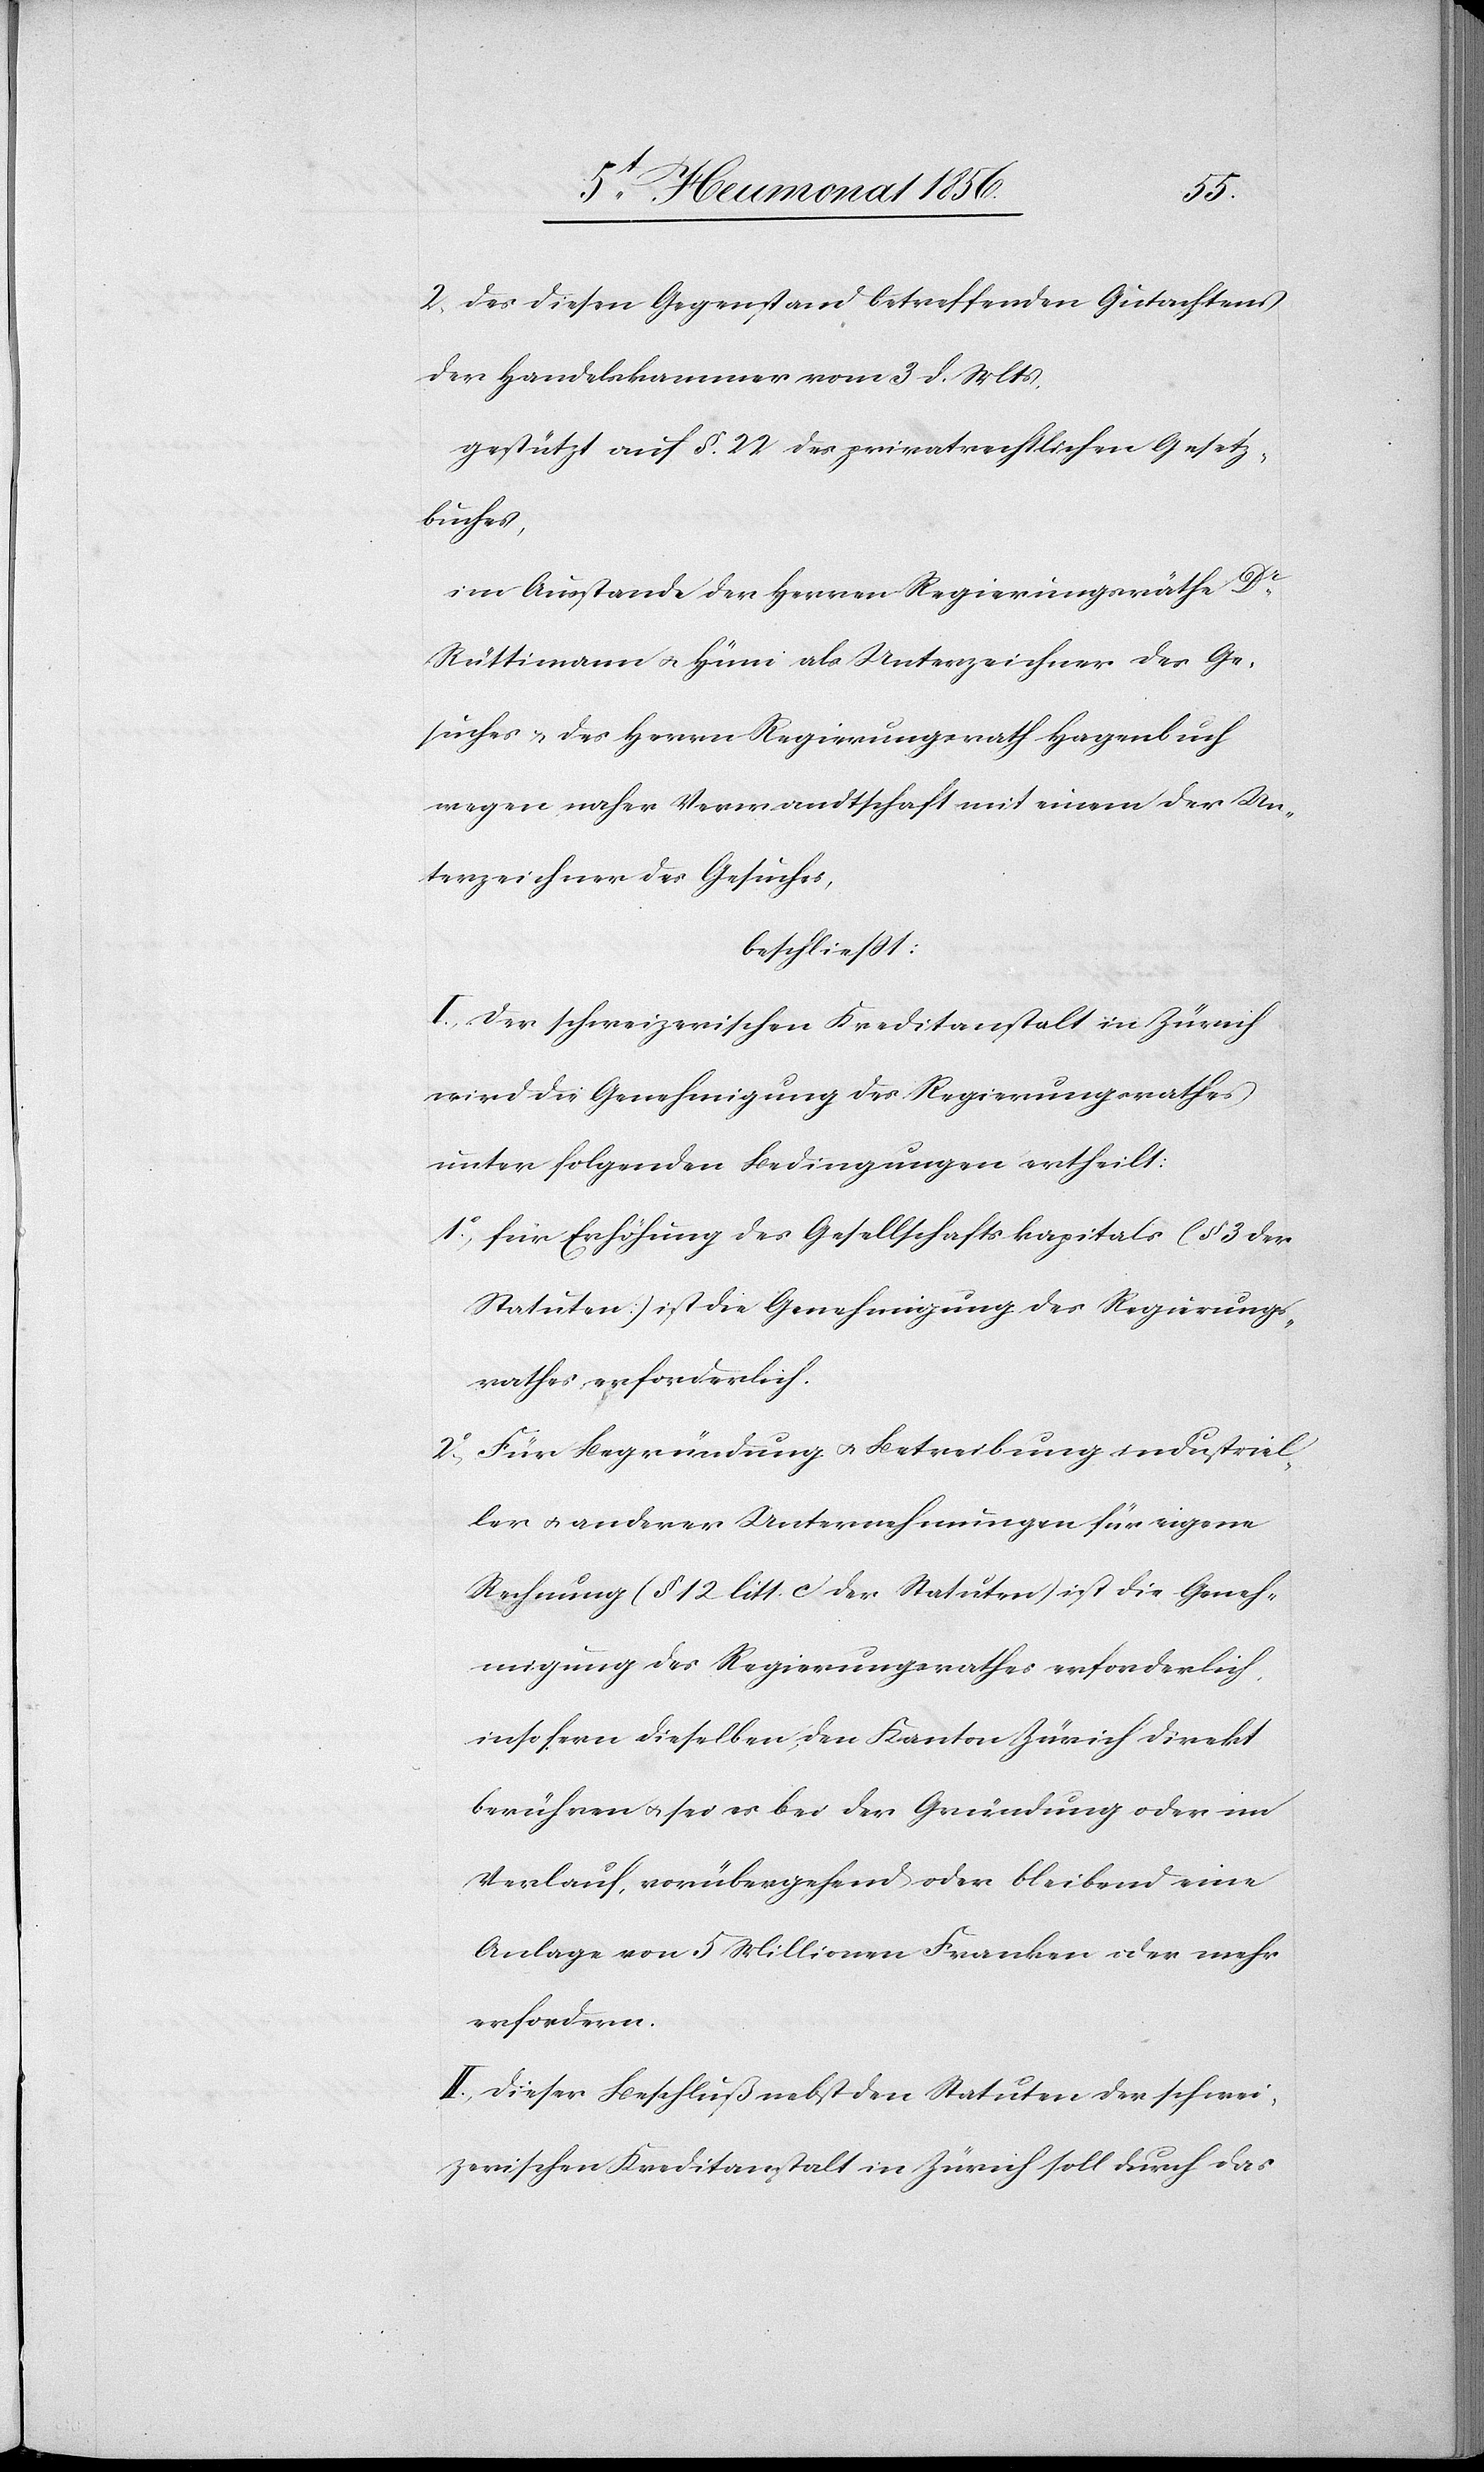
2o Des diesen Gegenstand betreffenden Gutachtens
der Handelskammer vom 3 d. Mts.
gestützt auf § 22 des privatrechtlichen Gesetz¬
buches,
im Ausstande der Herren Regierungsräthe Dr
Rüttimann u. Hüni als Unterzeichner des Ge¬
suches u. des Herrn Regierungsrath Hagenbuch
wegen naher Verwandtschaft mit einem der Un¬
terzeichner des Gesuches,
beschliesst:
I.) Der schweizerischen Kreditanstalt in Zürich
wird die Genehmigung des Regierungsrathes
unter folgenden Bedingungen ertheilt:
1o Für Erhöhung des Gesellschaftskapital (§ 3 der
Statuten) ist die Genehmigung des Regierungs¬
rathes erforderlich.
2o Für Begründung u. Betreibung industriel¬
ler u. anderer Unternehmungen für eigene
Rechnung (§ 12 litt. c. der Statuten) ist die Geneh¬
migung des Regierungsrathes erforderlich,
insofern dieselben den Kanton Zürich direkt
berühren u.[,] sei es bei der Gründung oder im
Verlauf, vorübergehend oder bleibend eine
Anlage von 5 Millionen Franken oder mehr
erfordern.
II.) Dieser Beschluß nebst den Statuten der schwei¬
zerischen Kreditanstalt in Zürich soll durch das